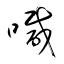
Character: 喊